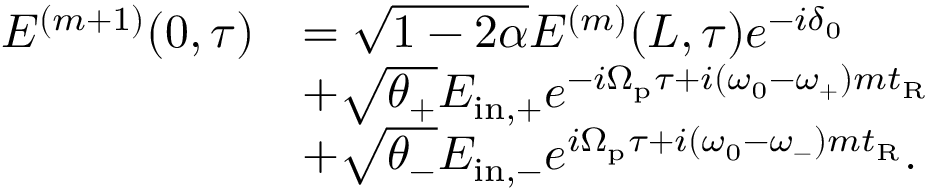
\begin{array} { r l } { E ^ { ( m + 1 ) } ( 0 , \tau ) } & { = \sqrt { 1 - 2 \alpha } E ^ { ( m ) } ( L , \tau ) e ^ { - i \delta _ { 0 } } } \\ & { + \sqrt { \theta _ { + } } E _ { \mathrm { i n , + } } e ^ { - i \Omega _ { \mathrm { p } } \tau + i ( \omega _ { 0 } - \omega _ { + } ) m t _ { \mathrm { R } } } } \\ & { + \sqrt { \theta _ { - } } E _ { \mathrm { i n , - } } e ^ { i \Omega _ { \mathrm { p } } \tau + i ( \omega _ { 0 } - \omega _ { - } ) m t _ { \mathrm { R } } } . } \end{array}